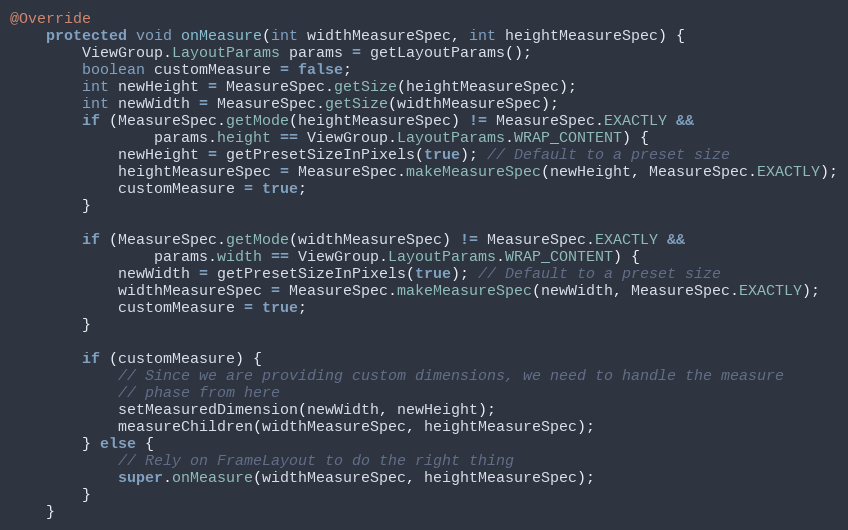
Language: Java
@Override
    protected void onMeasure(int widthMeasureSpec, int heightMeasureSpec) {
        ViewGroup.LayoutParams params = getLayoutParams();
        boolean customMeasure = false;
        int newHeight = MeasureSpec.getSize(heightMeasureSpec);
        int newWidth = MeasureSpec.getSize(widthMeasureSpec);
        if (MeasureSpec.getMode(heightMeasureSpec) != MeasureSpec.EXACTLY &&
                params.height == ViewGroup.LayoutParams.WRAP_CONTENT) {
            newHeight = getPresetSizeInPixels(true); // Default to a preset size
            heightMeasureSpec = MeasureSpec.makeMeasureSpec(newHeight, MeasureSpec.EXACTLY);
            customMeasure = true;
        }

        if (MeasureSpec.getMode(widthMeasureSpec) != MeasureSpec.EXACTLY &&
                params.width == ViewGroup.LayoutParams.WRAP_CONTENT) {
            newWidth = getPresetSizeInPixels(true); // Default to a preset size
            widthMeasureSpec = MeasureSpec.makeMeasureSpec(newWidth, MeasureSpec.EXACTLY);
            customMeasure = true;
        }

        if (customMeasure) {
            // Since we are providing custom dimensions, we need to handle the measure
            // phase from here
            setMeasuredDimension(newWidth, newHeight);
            measureChildren(widthMeasureSpec, heightMeasureSpec);
        } else {
            // Rely on FrameLayout to do the right thing
            super.onMeasure(widthMeasureSpec, heightMeasureSpec);
        }
    }